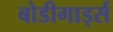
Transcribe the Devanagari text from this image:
बोडीगार्ड्स